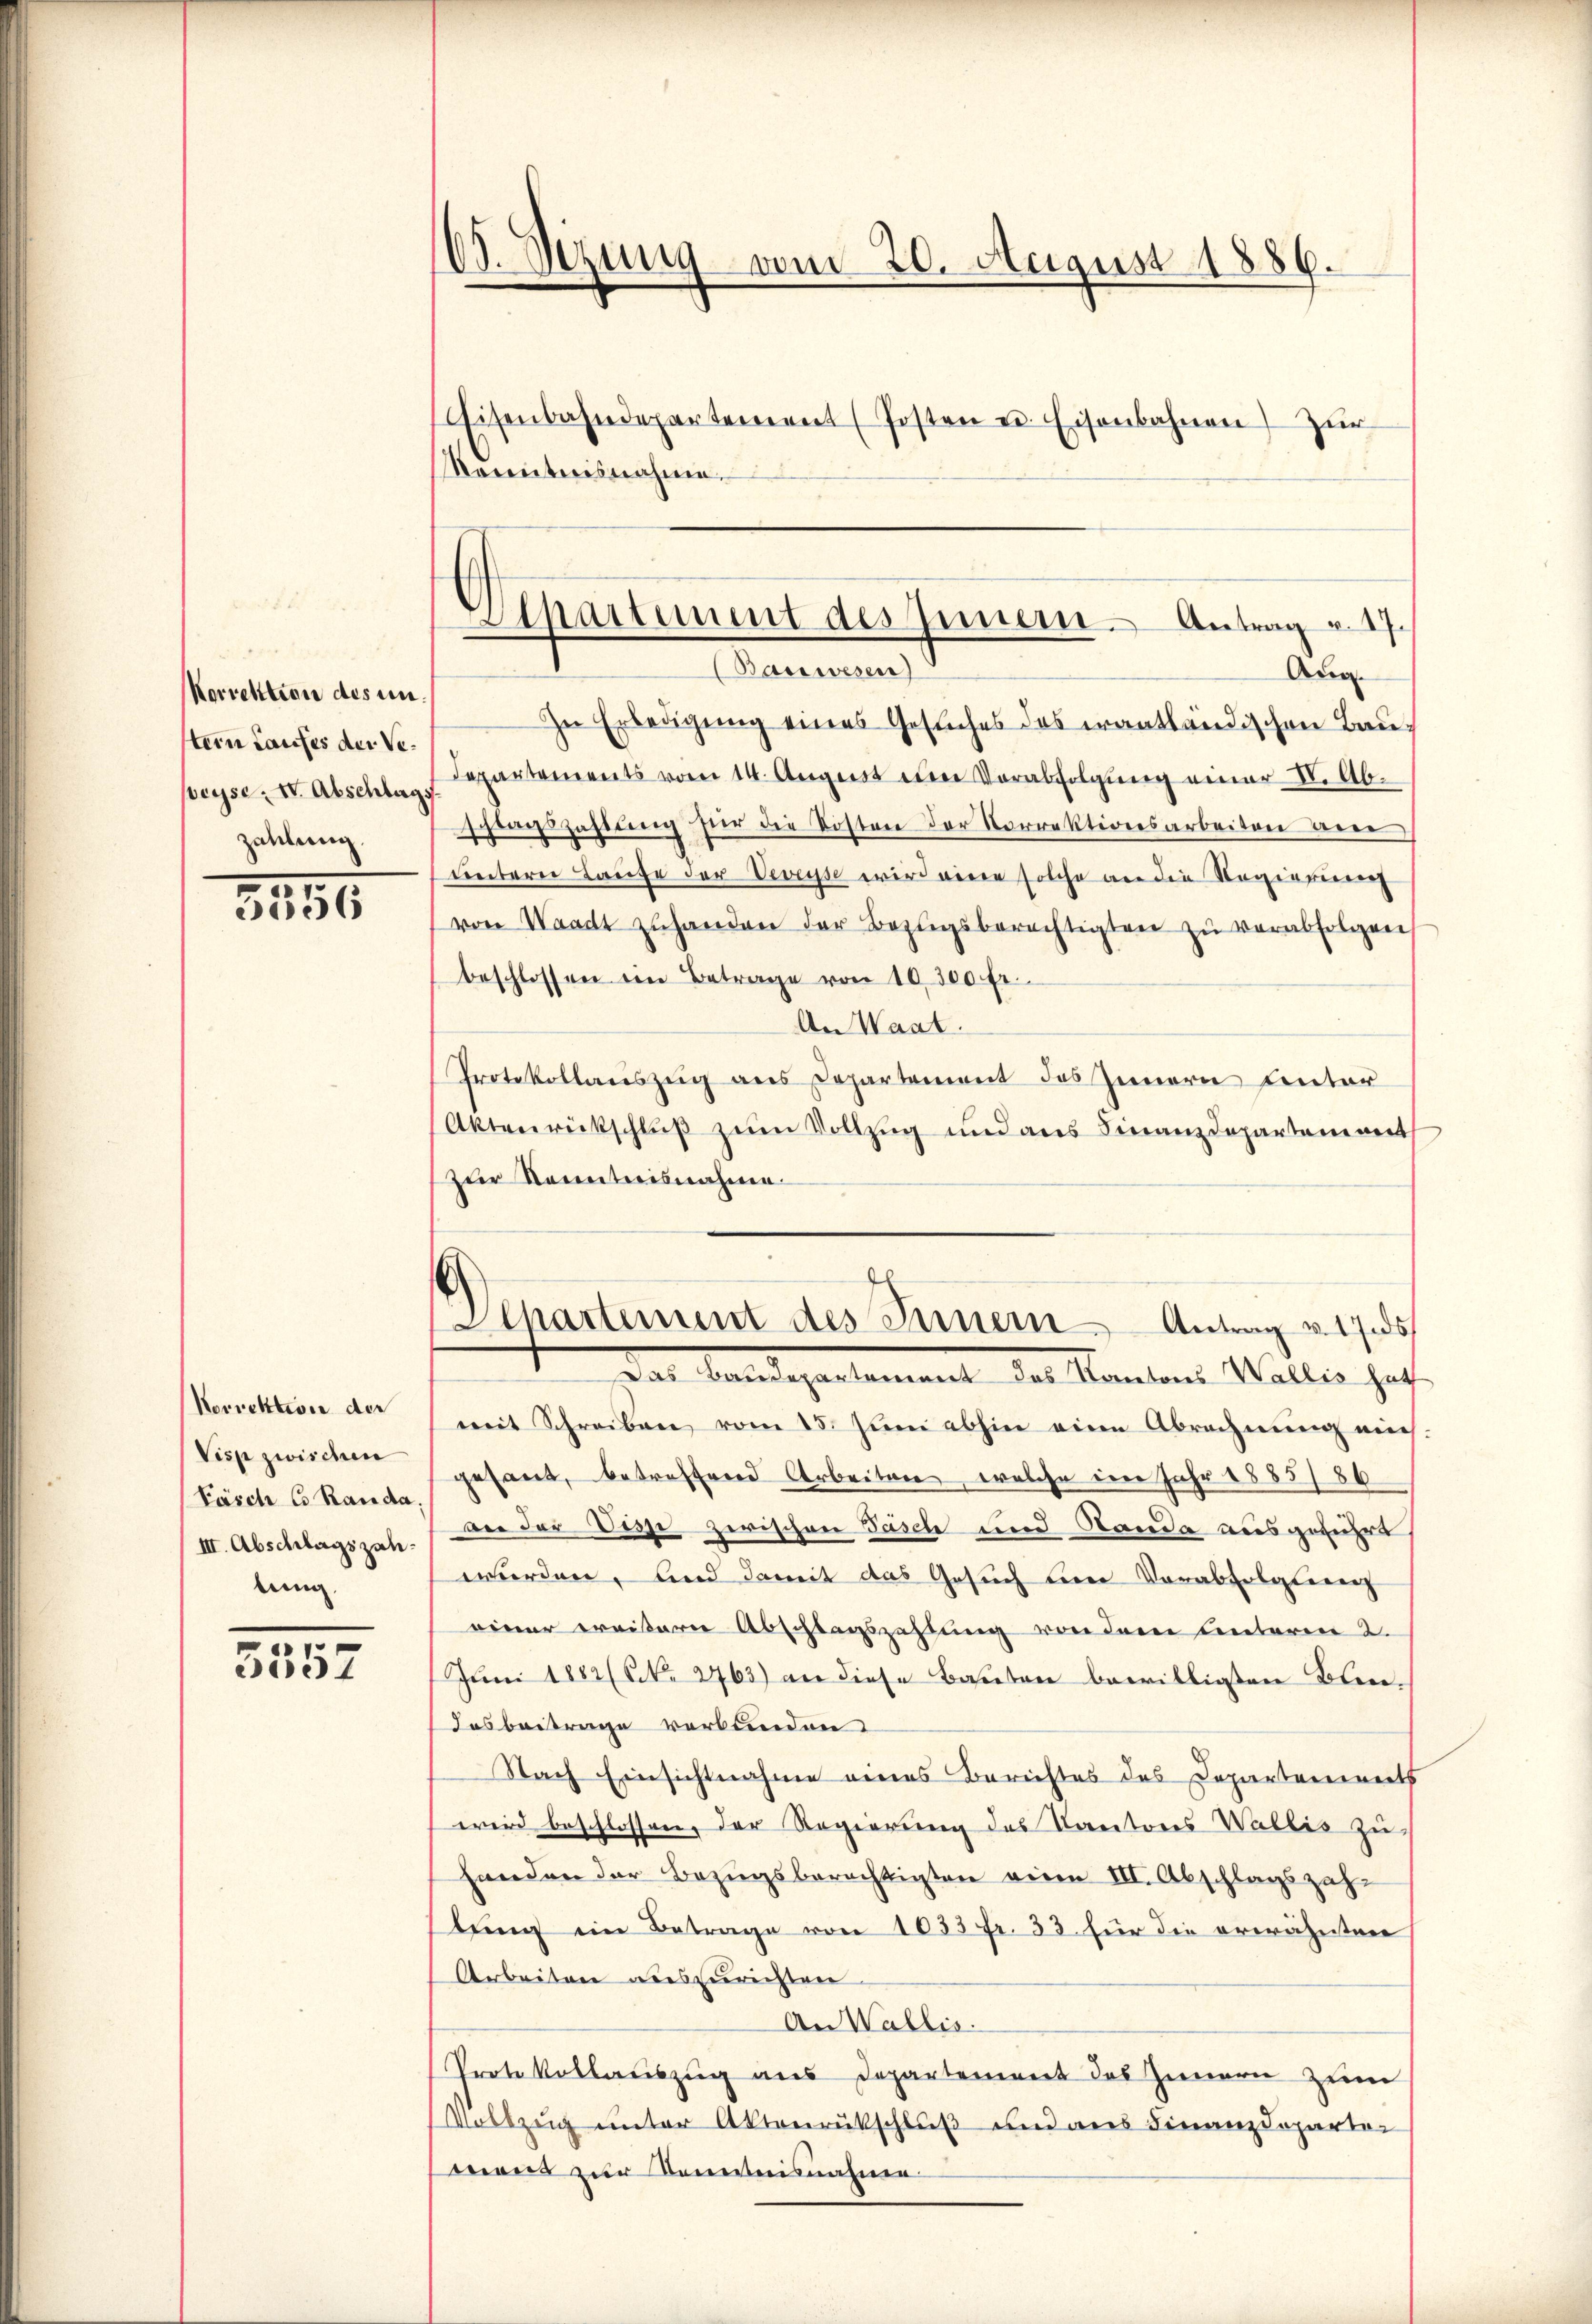
Korrektion des unstein Laufes der Ver
pryse: IV. Abschlag,
zahlung

3156

Korrektiver der
Visp zwischen
Päsch Co Randa,
III. Abschlagszahlung.

e
5557

60. Sezung vom 20. August 1886.
Eisenbahndepartement (Posten u. Eisenbahnen) Zur
kenntnisnahme.

Zu Erledigung eines Gesuches des wantländischen Bau¬
Departements vom 14. August eine Verabfolgung einer IV. Abschlagszahlung für die Kosten der Vorrektionsarbeiten ane
unterer Laufe der Veveysse wird einen solche an die Regierung
von Waadt zŭ handen der Bezugsberechtigten zŭ verabfolgen
beschlossen ein Betrage von 10,300 Fr
An Waat.
Protokollauszeig aus Departement des Innern Unter
(Aktenrückschlŭβ zŭm Vollzug und aus Finanzdepartement
zur Kenntnisnahme.
mit Schreiben vom 15. Juni abhin eine Abrechnŭng mich
gesant, betreffend Arbeiten, welche im Jahr 1885/86
an der Disse zwischen Fäsch und Randa ausgeführt
wurden, und damit das Gesuch den Vorabfolgung
einer weitern Abschlagszahlung von dem Unteren 2.
Jŭni 1882 (Nr. 2763) an diese Bauten bewilligten Blen-
Das beitrage verbunden.
Nach Einsichtnahme eines Berichtes des Departenwerth
wird beschlossen, der Regierung des Kantons Wallis zuhanden der Bezugsberechtigten vier III. Abschlagszahlung im Betrage von 1033 fr. 33 für die erwähnten
Arbeiten auszurichten.
An Wallis.
Protokollauszug aus Departement des Innern zum
Vollzug unter Aktenrückschluß und aus Finanzdepartor
mens zur Kenntnisnahme.

Separtement des Innern. Antrag u. 17.
Bauwesen)
Aug.

Achartement des Innern Antrag v. 1785/
Das Venedigertennet, das Kantons Waller haf